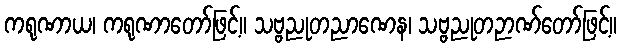
ကရုဏာယ၊ ကရုဏာတော်ဖြင့်။ သဗ္ဗညုတညာဏေန၊ သဗ္ဗညုတဉာဏ်တော်ဖြင့်။